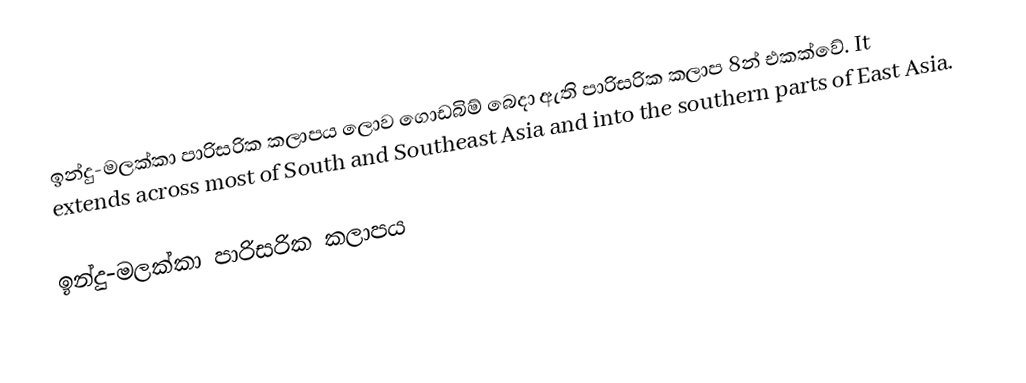
ඉන්දු-මලක්කා පාරිසරික කලාපය ලොව ගොඩබිම් බෙදා ඇති පාරිසරික කලාප 8න් එකක්වේ.  It extends across most of South and Southeast Asia and into the southern parts of East Asia.

ඉන්දු-මලක්කා පාරිසරික කලාපය